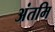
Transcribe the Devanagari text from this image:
अंतमि